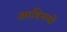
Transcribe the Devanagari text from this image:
आदिमयों